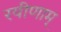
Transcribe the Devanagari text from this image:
रयीणाम्